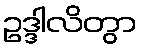
ဥဒ္ဒါလိတွာ